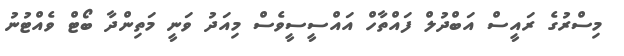
މިސްރުގެ ރައީސް އަބްދުލް ފައްތާހް އައްސީސީވެސް މިއަދު ވަނީ މަތިންދާ ބޯޓް ވެއްޓުނު